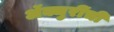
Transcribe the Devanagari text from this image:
ॲक्चुरींची